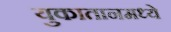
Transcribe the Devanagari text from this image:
युकातानमध्ये